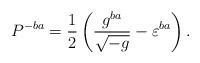
LaTeX: \begin{align*}P^{-ba}=\frac 12\left(\frac{g^{ba}}{\sqrt{-g}}-\varepsilon^{ba}\right).\end{align*}